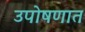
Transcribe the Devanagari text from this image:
उपोषणात